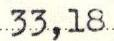
33,18